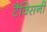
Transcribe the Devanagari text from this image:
टैक्सिनी